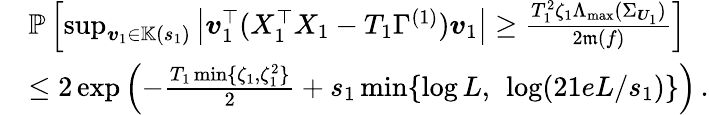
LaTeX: \begin{array}{rl}&{\mathbb P\left[\operatorname*{sup}_{\boldsymbol{v}_{1}\in\mathbb K(s_{1})}\left\vert\boldsymbol{v}_{1}^{\top}(X_{1}^{\top}X_{1}-T_{1}\Gamma^{(1)})\boldsymbol{v}_{1}\right\vert\geq\frac{T_{1}^{2}\zeta_{1}\Lambda_{\operatorname*{max}}(\Sigma_{\boldsymbol{U}_{1}})}{2\mathfrak m(f)}\right]}\\ &{\leq 2\exp\left(-\frac{T_{1}\operatorname*{min}\{ \zeta_{1},\zeta_{1}^{2}\} }{2}+s_{1}\operatorname*{min}\{ \log L,~\log(21eL/s_{1})\} \right)\, .}\end{array}